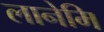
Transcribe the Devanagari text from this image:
लानेमि